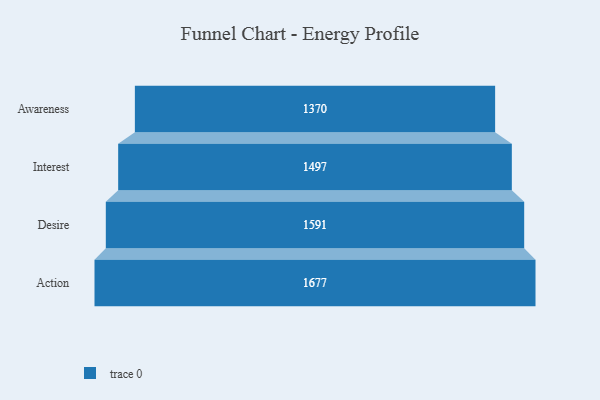
{"axis": {"x": "Stage", "y": "Value"}, "legend": [""], "data": [{"x": "Awareness", "y": 1370.0, "type": ""}, {"x": "Interest", "y": 1497.0, "type": ""}, {"x": "Desire", "y": 1591.0, "type": ""}, {"x": "Action", "y": 1677.0, "type": ""}]}